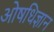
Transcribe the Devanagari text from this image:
ओषधिज्ञान